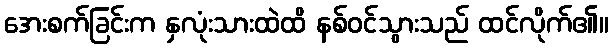
အေးစက်ခြင်းက နှလုံးသားထဲထိ နစ်ဝင်သွားသည် ထင်လိုက်၏။